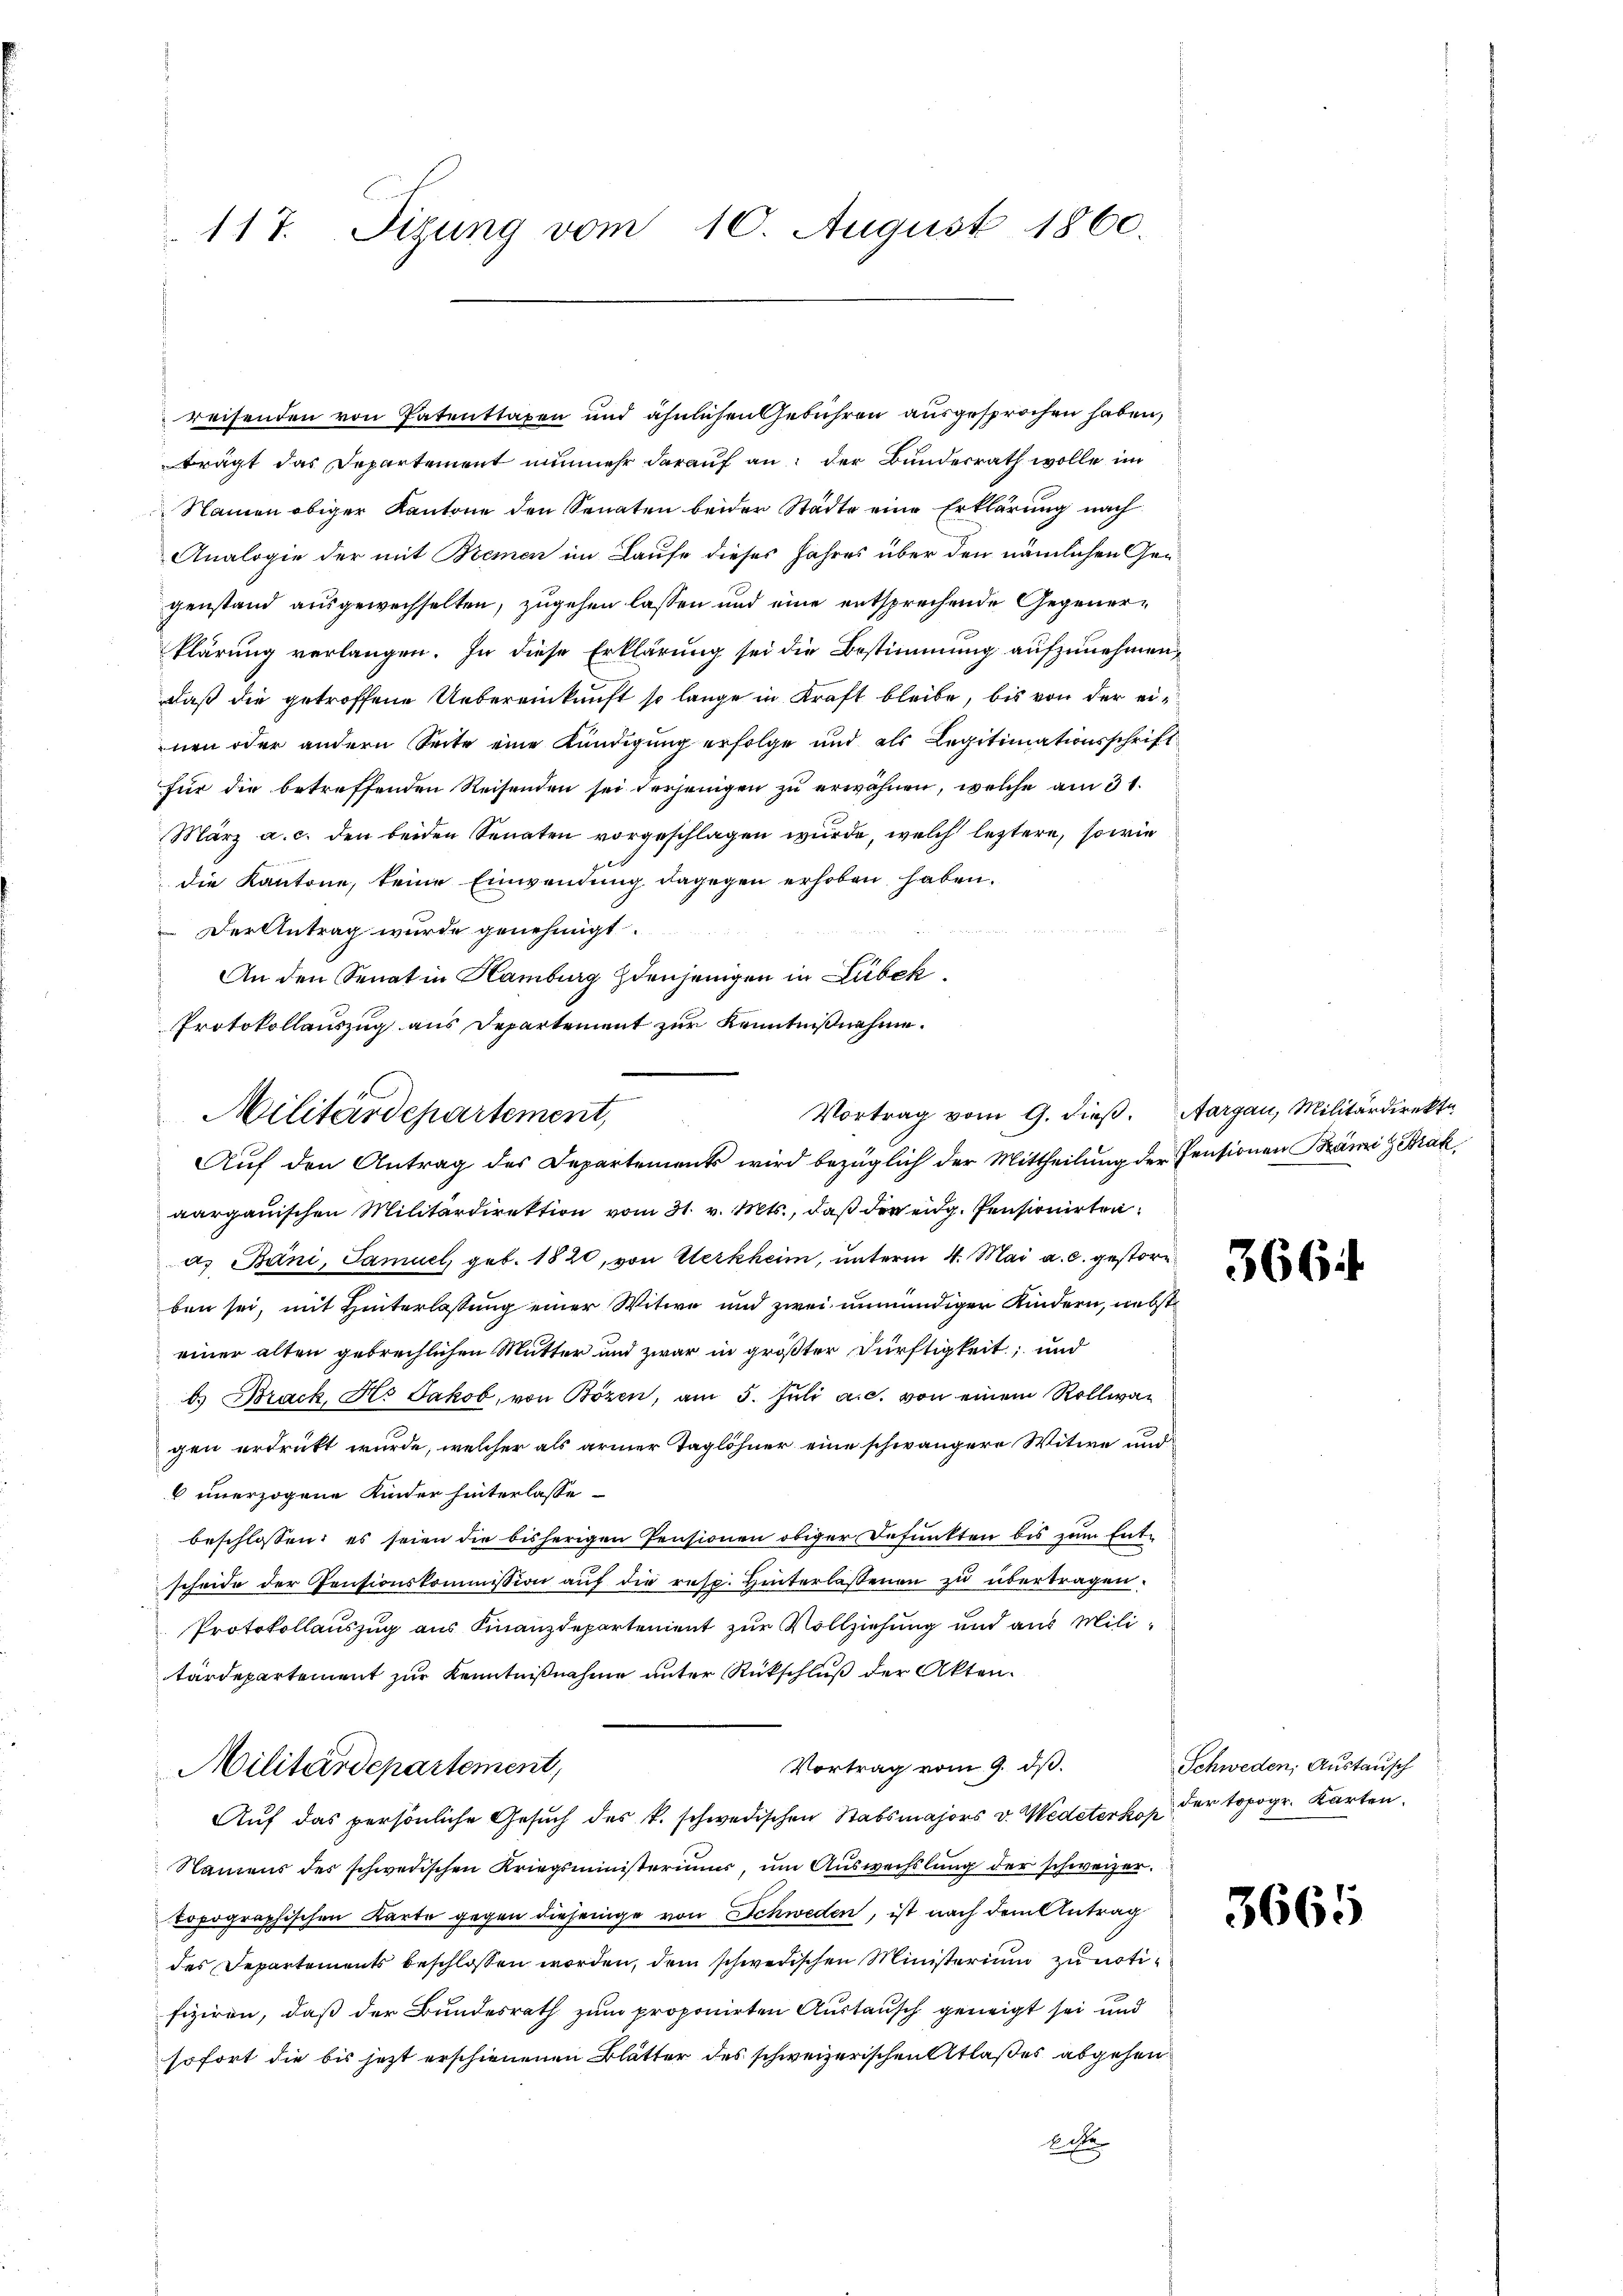
117. Sizung vom 10. August 1860.

reisenden von Patenttaxen und ähnlichen Gebühren ausgesprochen haben,
trägt das Departement nunmehr darauf an: der Bundesrath wolle im
Namen obiger Kantone den Senaten beider Städte eine Erklärung nach
Analogie der mit Bremen im Laufe dieses Jahres über den nämlichen Gen
genstand ausgewechselten, zugehen lassen und eine entsprechende Gegenerklärung verlangen. In diese Erklärung sei die Bestimmung aufzunehmen,
daß die getroffene Uebereinkunft so lange in Kraft bleibe, bis von der einen oder andern Seite eine Kündigung erfolge und als Legitimationsschrift
für die betreffenden Reisenden sei derjenigen zu erwähnen, welche am 31.
März a. c. den beiden Senaten vorgeschlagen wurde, welch leztere, sowie
f
die Kantone, keine Einwendung dagegen erhoben haben.
Der Antrag wurde genehmigt.
An den Senat in Hamburg denjenigen in Lübeck.
Protokollauszug aus Departement zur Kenntnißnahme.
aargauischen Militärdirektion vom 31. v. Mts., daß der eidg. Pensionirten.
a. Bani, Samuel, geb. 1820, von Werkheim, unterm 4. Mai a. c. gestorben sei, mit Hinterlassung einer Witwe und zwei unmündigen Kindern, nebst
einer alten gebrechlichen Mutter und zwar in größter Dürftigkeit; und
b. Brack, Hs. Jakob, von Bözen, am 5. Juli a.c. von einem Rollwar
gen erdrückt wurde, welcher als armer Taglöhner eine schwängere Witwe und
 unerzogene Kinder hinterlasse
beschlossen: es seien die bisherigen Pensionen obiger Defunkten bis zum Ent-
scheide der Pensionskommission aŭf die resp. Hinterlassenen zu übertragen.
Protokollauszug aus Finanzdepartement zur Vollziehung und aus Militärdepartement zur Kenntnißnahme unter Rückschluß der Akten.
Vortrag vom 9. dβ.
Militärdepartement,
Auf das persönliche Gesuch des k. schwedischen Stabsmajors v. Wedeterko der topogr. Karten.
Namens des schwedischen Kriegsministeriums, um Auswechslung der schweizer.
topographischen Karte gegen diejenige von Schweden, ist nach dem Antrag
des Departements beschlossen worden, dem schwedischen Ministerium zu nötifiziren, daß der Bundesrath zum proponirten Austausch geneigt sei und
sofort die bis jetzt erschienenen Blätter des schweizerischen Atlaßes abgehen
1ste

Vortrag vom 9. dieß. Aargau, Militärdirekte
Militärdepartement,
Auf den Antrag des Departements wird bezüglich der Mittheilung der Pensionen Brämi z Prak

3661

Schweden; Austausch

3665